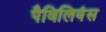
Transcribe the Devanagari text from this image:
पैविलियंस